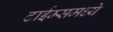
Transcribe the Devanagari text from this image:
टाईम्समध्ये